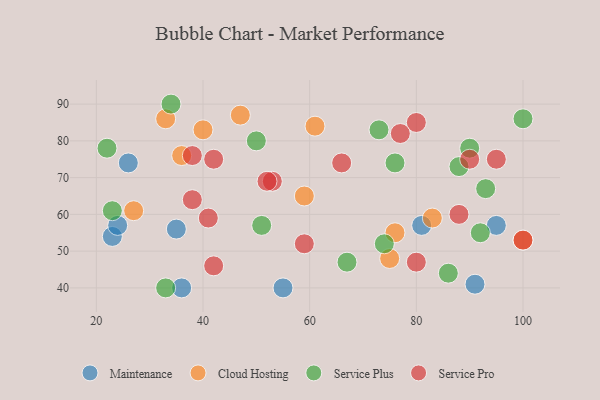
{"axis": {"x": "GDP", "y": "Life Expectancy"}, "legend": ["Cloud Hosting", "Maintenance", "Service Plus", "Service Pro"], "data": [{"x": "36", "y": 40, "type": "Maintenance"}, {"x": "95", "y": 57, "type": "Maintenance"}, {"x": "91", "y": 41, "type": "Maintenance"}, {"x": "23", "y": 54, "type": "Maintenance"}, {"x": "26", "y": 74, "type": "Maintenance"}, {"x": "24", "y": 57, "type": "Maintenance"}, {"x": "55", "y": 40, "type": "Maintenance"}, {"x": "35", "y": 56, "type": "Maintenance"}, {"x": "81", "y": 57, "type": "Maintenance"}, {"x": "100", "y": 53, "type": "Cloud Hosting"}, {"x": "40", "y": 83, "type": "Cloud Hosting"}, {"x": "59", "y": 65, "type": "Cloud Hosting"}, {"x": "75", "y": 48, "type": "Cloud Hosting"}, {"x": "36", "y": 76, "type": "Cloud Hosting"}, {"x": "27", "y": 61, "type": "Cloud Hosting"}, {"x": "61", "y": 84, "type": "Cloud Hosting"}, {"x": "83", "y": 59, "type": "Cloud Hosting"}, {"x": "33", "y": 86, "type": "Cloud Hosting"}, {"x": "47", "y": 87, "type": "Cloud Hosting"}, {"x": "76", "y": 55, "type": "Cloud Hosting"}, {"x": "92", "y": 55, "type": "Service Plus"}, {"x": "88", "y": 73, "type": "Service Plus"}, {"x": "86", "y": 44, "type": "Service Plus"}, {"x": "73", "y": 83, "type": "Service Plus"}, {"x": "50", "y": 80, "type": "Service Plus"}, {"x": "76", "y": 74, "type": "Service Plus"}, {"x": "93", "y": 67, "type": "Service Plus"}, {"x": "34", "y": 90, "type": "Service Plus"}, {"x": "23", "y": 61, "type": "Service Plus"}, {"x": "90", "y": 78, "type": "Service Plus"}, {"x": "33", "y": 40, "type": "Service Plus"}, {"x": "67", "y": 47, "type": "Service Plus"}, {"x": "51", "y": 57, "type": "Service Plus"}, {"x": "22", "y": 78, "type": "Service Plus"}, {"x": "74", "y": 52, "type": "Service Plus"}, {"x": "100", "y": 86, "type": "Service Plus"}, {"x": "88", "y": 60, "type": "Service Pro"}, {"x": "66", "y": 74, "type": "Service Pro"}, {"x": "95", "y": 75, "type": "Service Pro"}, {"x": "80", "y": 85, "type": "Service Pro"}, {"x": "53", "y": 69, "type": "Service Pro"}, {"x": "90", "y": 75, "type": "Service Pro"}, {"x": "52", "y": 69, "type": "Service Pro"}, {"x": "42", "y": 46, "type": "Service Pro"}, {"x": "59", "y": 52, "type": "Service Pro"}, {"x": "100", "y": 53, "type": "Service Pro"}, {"x": "38", "y": 64, "type": "Service Pro"}, {"x": "77", "y": 82, "type": "Service Pro"}, {"x": "80", "y": 47, "type": "Service Pro"}, {"x": "42", "y": 75, "type": "Service Pro"}, {"x": "41", "y": 59, "type": "Service Pro"}, {"x": "38", "y": 76, "type": "Service Pro"}]}